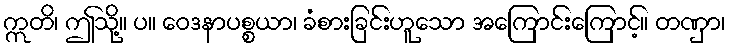
ဣတိ၊ ဤသို့။ ပ။ ဝေဒနာပစ္စယာ၊ ခံစားခြင်းဟူသော အကြောင်းကြောင့်။ တဏှာ၊